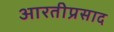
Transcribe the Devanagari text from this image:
आरतीप्रसाद